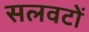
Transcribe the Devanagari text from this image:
सलवटों